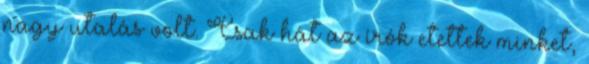
nagy utalás volt. Csak hát az írók etettek minket,